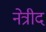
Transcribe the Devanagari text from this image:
नेत्रीद